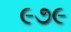
૯૭૯